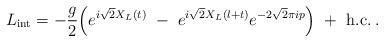
LaTeX: \begin{align*}L_{\rm int} = -{g\over 2}\Bigl( e^{i \sqrt{2} X_L(t) } \ -\ e^{i \sqrt{2} X_L(l+t) }e^{-2\sqrt{2}\pi i p} \Bigr)\ +\ {\rm h.c.} \>.\end{align*}